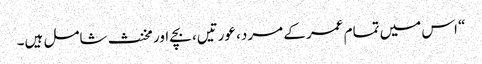
“ اس میں تمام عمر کے مرد، عورتیں، بچے اور مخنث شامل ہیں۔